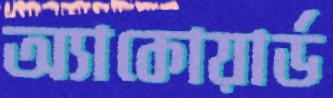
অ্যাকোয়ার্ড